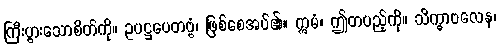
ကြီးပွားသောစိတ်ကို။ ဥပဋ္ဌပေတဗ္ဗံ၊ ဖြစ်စေအပ်၏။ ဣမံ၊ ဤတပည့်ကို။ သိက္ခာဗလေန၊